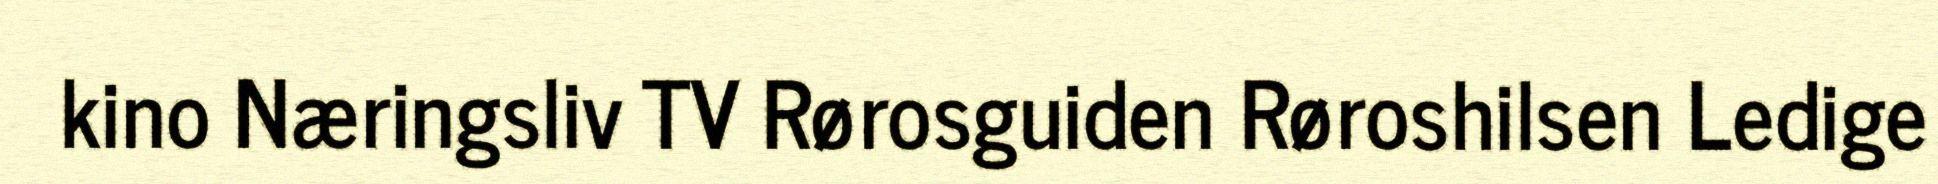
kino Næringsliv TV Rørosguiden Røroshilsen Ledige